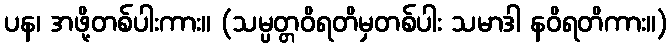
ပန၊ အဖို့တစ်ပါးကား။ (သမ္ပတ္တဝိရတိမှတစ်ပါး သမာဒါ နဝိရတိကား။)